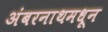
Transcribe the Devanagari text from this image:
अंबरनाथमधून